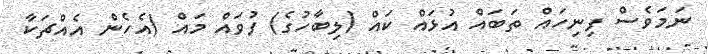
ނަމަވެސް ފިނިހައް ތަބައް އުޅައް ކައް (ލިބާހުގެ) ފުވައް މައް (އެހެން އެއްޗަކާ